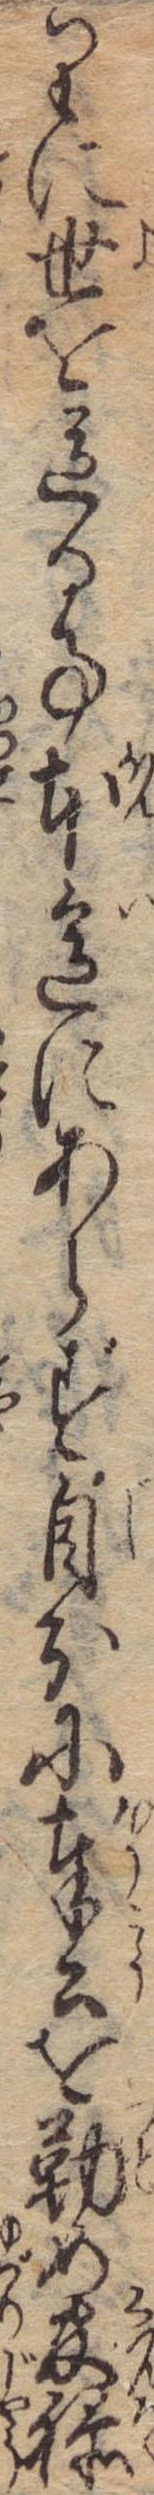
りに世を送る事本意にあらず自分に奉公を勤め官禄